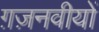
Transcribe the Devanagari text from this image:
ग़ज़नवीयों